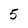
Character: 5